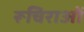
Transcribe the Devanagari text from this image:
रूचिराओं